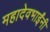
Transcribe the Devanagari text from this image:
महादेवभाईंनी